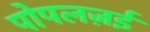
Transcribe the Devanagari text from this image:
पोपलज़ई